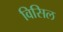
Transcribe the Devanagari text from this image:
विसिल